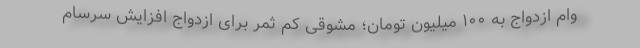
وام ازدواج به ۱۰۰ میلیون تومان؛ مشوقی کم ثمر برای ازدواج افزایش سرسام